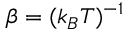
\beta = ( k _ { B } T ) ^ { - 1 }